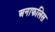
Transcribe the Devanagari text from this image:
अनाफलिस